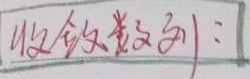
收敛数列：